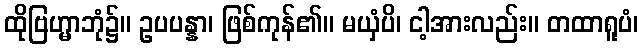
ထိုဗြဟ္မာဘုံ၌။ ဥပပန္နာ၊ ဖြစ်ကုန်၏။ မယှံပိ၊ ငါ့အားလည်း။ တထာရူပံ၊